Annual report of the Bengal Veterinary College and of the Civil Veterinary Department, Bengal, for the year 1915-16 - 1915-1916
Year: 1915
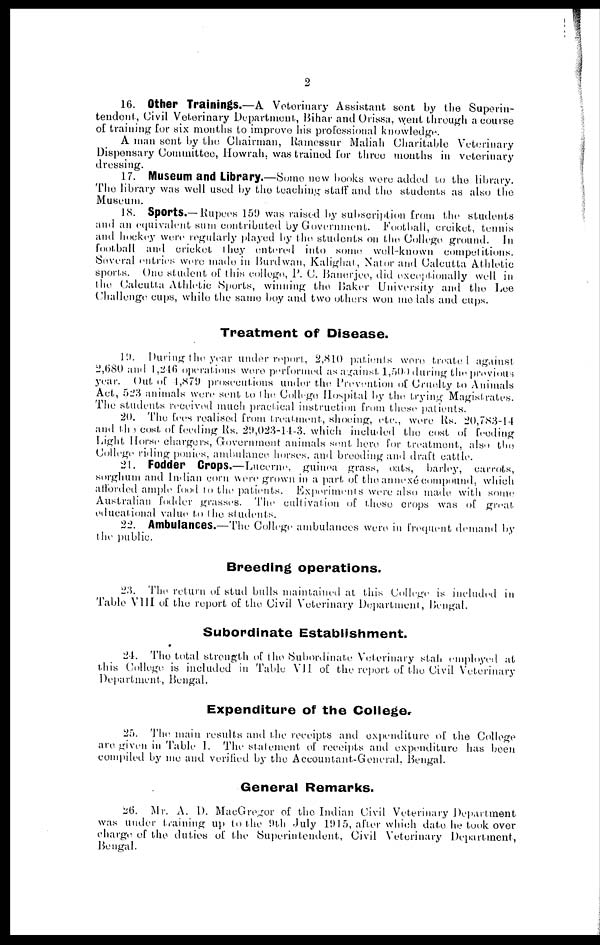
2
16. Other Trainings.—A Veterinary Assistant sent by the Superin-
tendent, Civil Veterinary Department, Bihar and Orissa, went through a course
of training for six months to improve his professional knowledge.
A man sent by the Chairman, Ramessur Maliah Charitable Veterinary
Dispensary Committee, Howrah. was trained for three months in veterinary
dressing.
17. Museum and Library.—Some new books were added to the library.
The library was well used by the teaching staff and the students as also the
Museum.
18. Sports.— Rupees 159 was raised by subscription from the students
and an equivalent sum contributed by Government. Football, creiket, tennis
and hockey were regularly played by the students on the College ground. In
football and cricket they entered into some well-known competitions.
Several entries were made in Burdwan, Kalighat, Nator and Calcutta Athletic
sports. One student of this college, P. C. Banerjee, did exceptionally well in
the Calcutta Athletic Sports, winning the Baker University and the Lee
Challenge cups, while the same boy and two others won medals and cups.
Treatment of Disease.
19. During the year under report, 2,810 patients were treated against
2,680 and 1,246 operations were performed as against 1,500 during the previous
year. Out of 1,879 prosecutions under the Prevention of Cruelty to Animals
Act, 523 animals were sent to the College Hospital by the trying Magistrates.
The students received much practical instruction from these patients.
20. The fees realised from treatment, shoeing, etc., were Rs. 20,783-14
and the cost of feeding Rs. 29,023-14-3. which included the cost of feeding
Light Horse chargers, Government animals sent here for treatment, also the
College riding ponies, ambulance horses, and breeding and draft cattle.
21. Fodder Crops.—Lucerne, guinea grass, oats, barley, carrots,
sorghum and Indian corn were grown in a part of the annexe compound, which
afforded ample food to the patients. Experiments were also made with some
Australian fodder grasses. The cultivation of these crops was of great
educational value to the students.
22. Ambulances.—The College ambulances were in frequent demand by
the public.
Breeding operations.
23. The return of stud bulls maintained at this College is included in
Table VIII of the report of the Civil Veterinary Department, Bengal.
Subordinate Establishment.
24. The total strength of the Subordinate Veterinary staff employed at
this College is included in Table VII of the report of the Civil Veterinary
Department, Bengal.
Expenditure of the Colleger
25. The main results and the receipts and expenditure of the College
are given in Table I. The statement of receipts and expenditure has been
compiled by me and verified by the Accountant-General, Bengal.
General Remarks.
26. Mr. A. D. MacGregor of the Indian Civil Veterinary Department
was under training up to the 9th July 11)1 5, after which date he took over
charge of the duties of the Superintendent, Civil Veterinary Department,
Bengal.